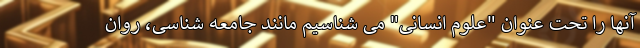
آنها را تحت عنوان "علوم انسانی" می شناسیم مانند جامعه شناسی، روان